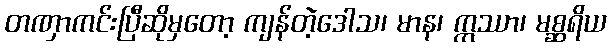
တဏှာကင်းပြီဆိုမှတော့ ကျန်တဲ့ဒေါသ၊ မာန၊ ဣဿာ၊ မစ္ဆရိယ